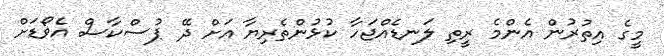
މީގެ އިތުރުން އެންމެ ރީތި ލަނޑެއްޖަހާ ކުޅުންތެރިޔާ އަށް ދޭ ޕުސްކާސް އެވޯޑަށް